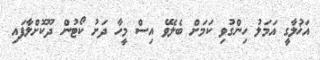
އަޚުލާގީ އަމަލު ހިންގުވި ކަމަށް ބެލެވޭ އިސް މީހާ ދަށު ކޯޓުން ދޫކޮށްލާފައި